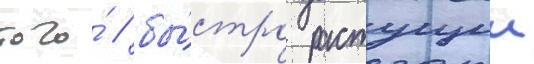
того́ / бы́стро растущии